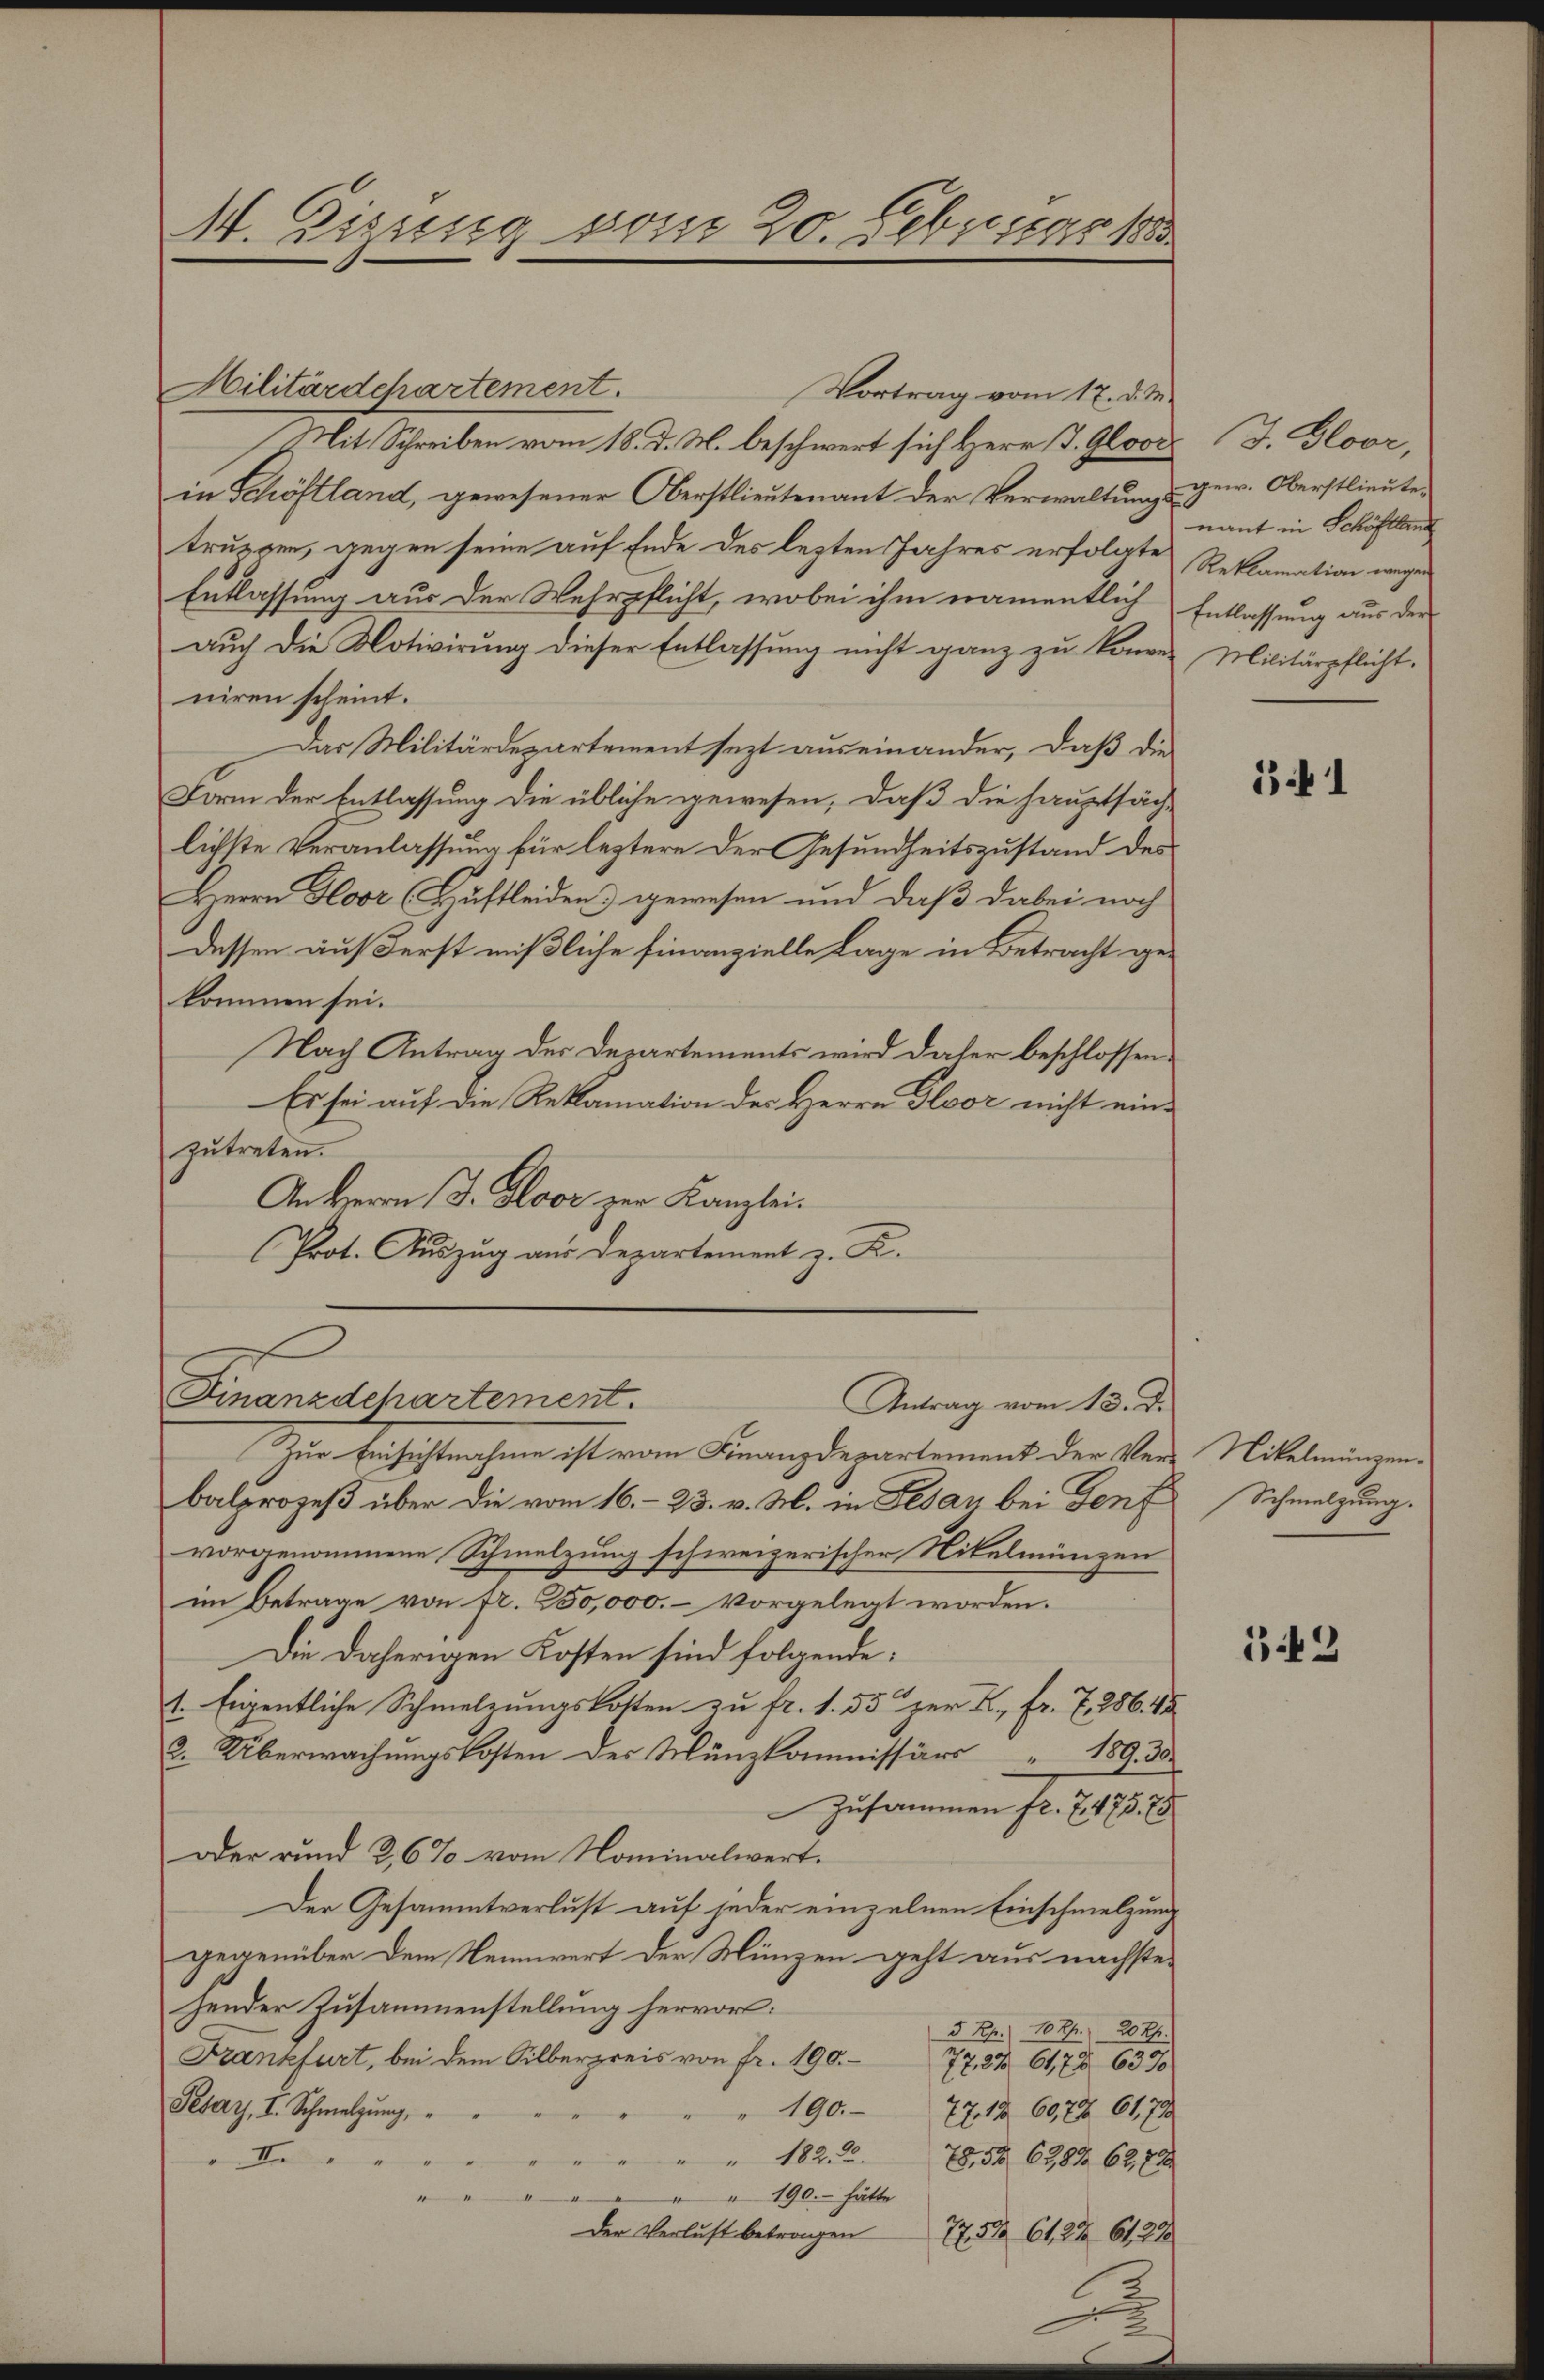
M. Zizung vom 20. Februar 1883

Militärdepartement.
Vortrag vom 17. d. M.
Mit Schreiben vom 18. d. M. beschwert sich Herr J. Glovi
in Schöftland, gewesener Oberstlieutenant der Verwaltungstruggen, gegen seine auf Ende des lezten Jahres erfolgte
Entlassung aus der Wehrpflicht, wobei ihm namentlich
auch die Notivirung dieser Entlassung nicht ganz zu könne
niren scheint.
Das Militärdepartement sezt auseinander, daß die
Form der Entlassung die übliche gewesen, daß die Hauptsäch-
lichste Veranlassung für leztere der Gesundheitszustand des
Herrn Gloor (Huftleiden gewesen und daß dabei noch
Dessen auf Ferst mißliche finanzielle Lage in Betracht gekommen sei.
Nach Antrag der Departements wird daher beschlossen.
Es sei auf die Reklamation der Herrn Flor nicht ein-
zutreten.
An Herrn J. Gloor zur Kanzlei.
(Prot. Auszug aus Departement z. K.
Finanzdepartement.
Antrag vom 13. d.
Zur Einsichtnahme ist vom Finanzdepartement der Ver-Nikelmünzen-
balprozeß über die vom 16. – 23. v. M. in Fesay bei Genf
vorgenommene Schmelzung schweizerischer Nikelmünzen
im Betrage von fr. 250,000.- vorgelegt worden.
Die daherigen Kosten sind folgende:
1. Eigentliche Schmelzungskosten zu fr. 1. 55 zur K. Fr. 7, 286. 45
2. Überwachungskosten des Münzkommissärs 189. 30
Zusammen fr. 7. 475. 75
oder rund 26% vom Nominalwert.
Der Gesammtverlust auf jeder einzelnen Einschmelzung
gegenüber dem Nennwert der Münzen geht aus nächste
hender Zusammenstellung hervor:
5 Rp. 100fr. 20 Uhr.
Frankfurt, bei dem Silberpreis von fr. 190.
77, 27. 6178. 6370
Pesay, I. Schmelzung,
190.
77. 12. 6072. 6179
I
 182. 278, 58. 6387. 62,78
" 190. - hätte
Der Verlust betrangen
775. 61. 24. 6128
.

J. Bloor,
gew. Oberstlieute.
nant in Schöflland
Reklamation wegen
Entlassung aus der
Militärpflicht.

31

Schmelzung.

342